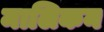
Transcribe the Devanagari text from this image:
मालिकन